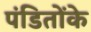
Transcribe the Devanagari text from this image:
पंडितोंके